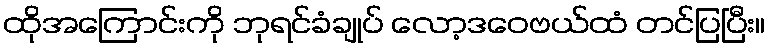
ထိုအကြောင်းကို ဘုရင်ခံချုပ် လော့ဒဝေဗယ်ထံ တင်ပြပြီး။